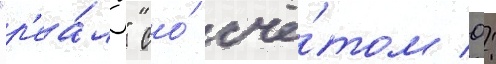
"р'еа́лу" со́ счё́том 0: